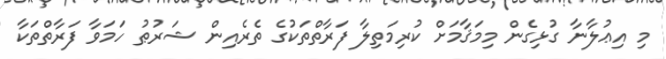
މި އިޢުލާނާ ގުޅިގެން މިމަޤާމަށް ކުރިމަތިލާ ފަރާތްތަކުގެ ތެރެއިން ޝަރުޠު ހަމަވާ ފަރާތްތަކާ